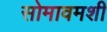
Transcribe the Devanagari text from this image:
सोमावमशी